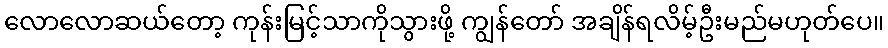
လောလောဆယ်တော့ ကုန်းမြင့်သာကိုသွားဖို့ ကျွန်တော် အချိန်ရလိမ့်ဦးမည်မဟုတ်ပေ။